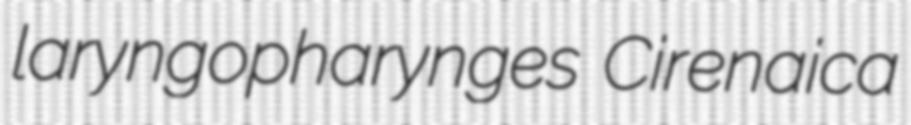
laryngopharynges Cirenaica